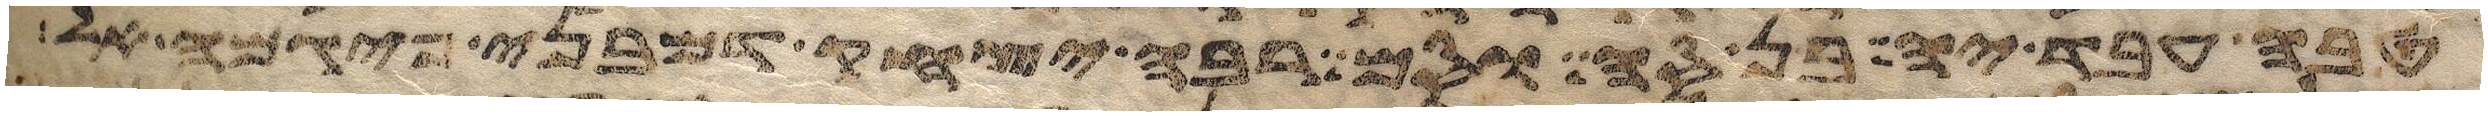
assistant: טוב ויהי ערב ויהי בקר יום רביעי ויאמר אלהים